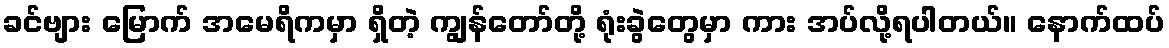
ခင်ဗျား မြောက် အမေရိကမှာ ရှိတဲ့ ကျွန်တော်တို့ ရုံးခွဲတွေမှာ ကား အပ်လို့ရပါတယ်။ နောက်ထပ်